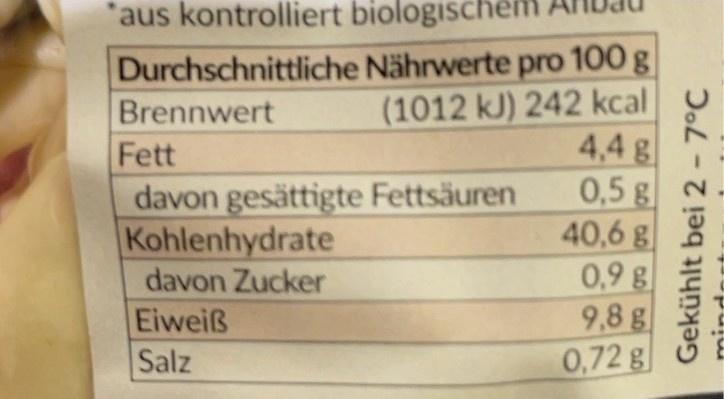
*aus kontrolliert biologischem
Durchschnittliche Nährwerte pro 100 g (1012 kJ) 242 kcal 4,4 g 0,5 g 40,6 g 0,9 g 9,8 g 0,72 g
Brennwert Fett davon gesättigte Fettsäuren Kohlenhydrate
davon Zucker
Eiweiß
Salz
Gekühlt bei 2-7°C
mindar